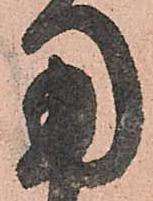
用